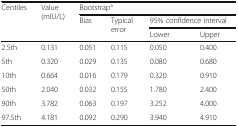
<table><thead><tr><td rowspan="3"><b>Centiles</b></td><td rowspan="3"><b>Value (mIU/L)</b></td><td colspan="4"><b>Bootstrap<sup>a</sup></b></td></tr><tr><td rowspan="2"><b>Bias</b></td><td rowspan="2"><b>Typical error</b></td><td colspan="2"><b>95% confidence interval</b></td></tr><tr><td><b>Lower</b></td><td><b>Upper</b></td></tr></thead><tbody><tr><td>2.5th</td><td>0.131</td><td>0.051</td><td>0.115</td><td>0.050</td><td>0.400</td></tr><tr><td>5th</td><td>0.320</td><td>0.029</td><td>0.135</td><td>0.080</td><td>0.680</td></tr><tr><td>10th</td><td>0.664</td><td>0.016</td><td>0.179</td><td>0.320</td><td>0.910</td></tr><tr><td>50th</td><td>2.040</td><td>0.032</td><td>0.155</td><td>1.780</td><td>2.400</td></tr><tr><td>90th</td><td>3.782</td><td>0.063</td><td>0.197</td><td>3.252</td><td>4.000</td></tr><tr><td>97.5th</td><td>4.181</td><td>0.092</td><td>0.290</td><td>3.940</td><td>4.910</td></tr></tbody></table>